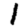
Digit: 1